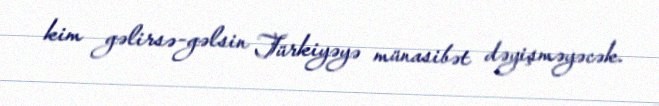
kim gəlirsə-gəlsin Türkiyəyə münasibət dəyişməyəcək.